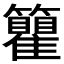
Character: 𬖇